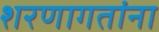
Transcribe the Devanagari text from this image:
शरणागतांना